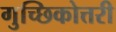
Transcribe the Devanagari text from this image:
गुच्छिकोत्तरी